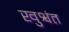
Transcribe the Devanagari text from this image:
खुश्वंत